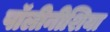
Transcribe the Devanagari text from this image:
पॉलीनीशिया